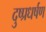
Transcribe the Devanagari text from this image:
दुष्प्रधर्षण